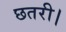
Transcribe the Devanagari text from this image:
छतरी।